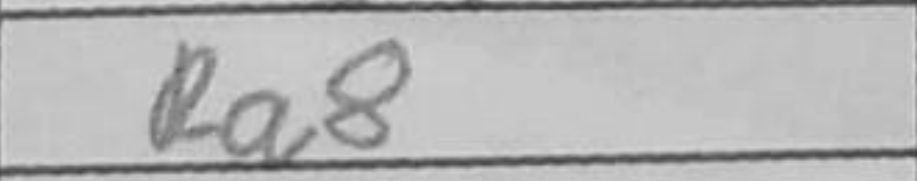
Transcription: Ra8